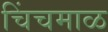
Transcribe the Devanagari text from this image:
चिंचमाळ